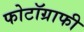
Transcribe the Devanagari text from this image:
फोटॉग्राफी